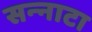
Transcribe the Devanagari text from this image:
सन्‍नाटा